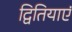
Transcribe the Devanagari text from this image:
द्वितियाएं